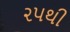
૨૫થી